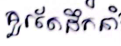
គួរតែដឹកនាំ